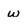
Character: w